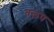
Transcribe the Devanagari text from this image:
तलप